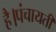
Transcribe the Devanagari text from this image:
है।पंचायती